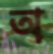
অ